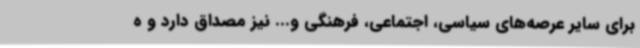
برای سایر عرصه‌های سیاسی، اجتماعی، فرهنگی و... نیز مصداق دارد و ه